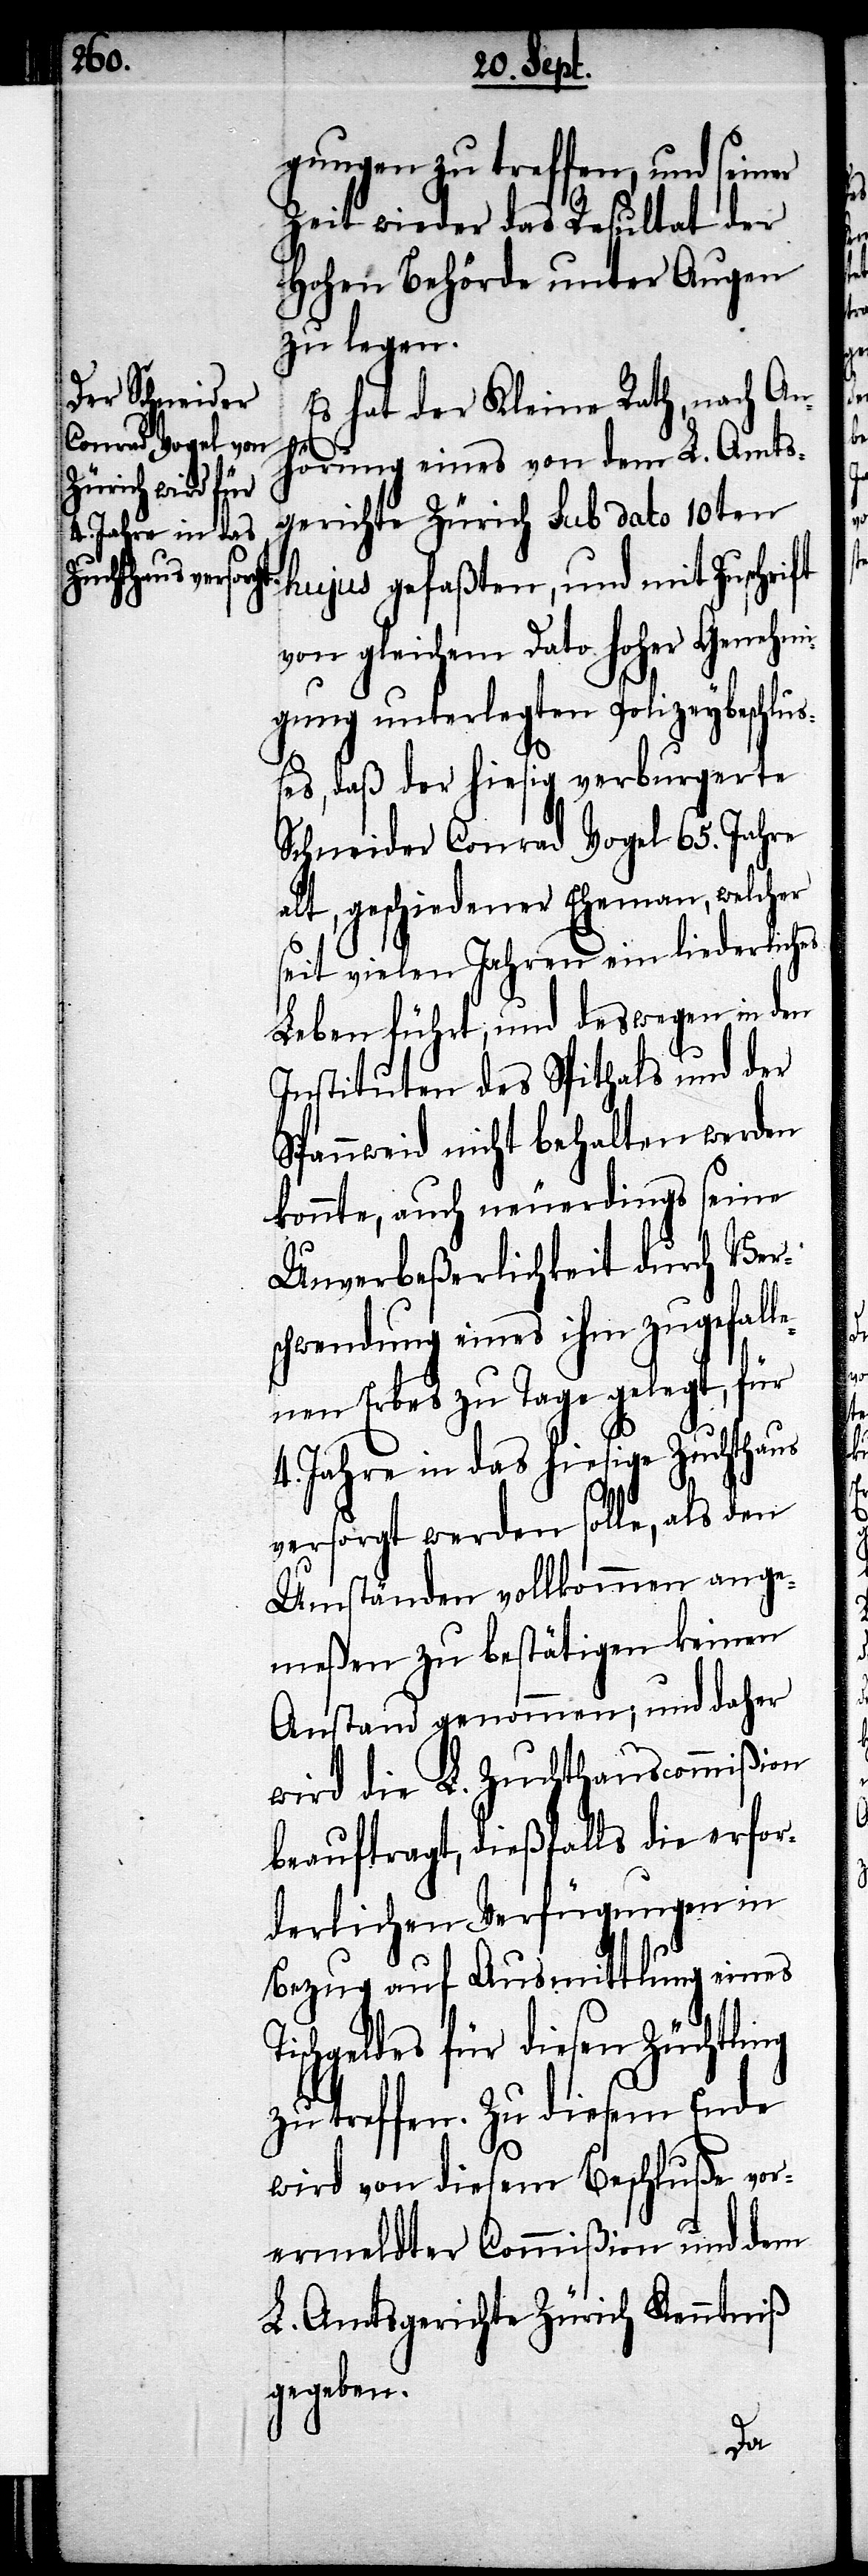
gungen zu treffen, und seiner
Zeit wieder das Resultat der
hohen Behörde unter Augen
zu legen.
Es hat der Kleine Rath, nach An¬
hörung eines von dem L. Amts¬
gerichte Zürich sub dato 10ten
hujus gefaßten, und mit Zuschrift
von gleichem Dato hoher Genehmi¬
gung unterlegten Polizeybeschluß¬
es, daß der hiesig verburgerte
Schneider Conrad Vogel 65. Jahre
alt, geschiedener Eheman, welcher
seit vielen Jahren ein liederliches
Leben führt, und deswegen in den
Instituten des Spithals und der
Spannweid nicht behalten werden
konnte, auch neuerdings seine
Unverbeßerlichkeit durch Ver¬
schwendung eines ihm zugefall¬
enen Erbes zu Tage gelegt, für
4. Jahre in das hiesige Zuchthaus
versorgt werden solle, als den
Umständen vollkommen ange¬
meßen zu bestätigen keinen
Anstand genommen; und daher
wird die L. Zuchthauscommißion
beauftragt, dießfalls die erfor¬
derlichen Verfügungen in
Bezug auf Ausmittlung eines
Tischgeldes für diesen Züchtling
zu treffen. Zu diesem Ende
wird von diesem Beschluße vor¬
ermeldter Commißion und dem
L. Amtsgerichte Zürich Kenntniß
gegeben.